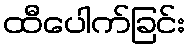
ထီပေါက်ခြင်း